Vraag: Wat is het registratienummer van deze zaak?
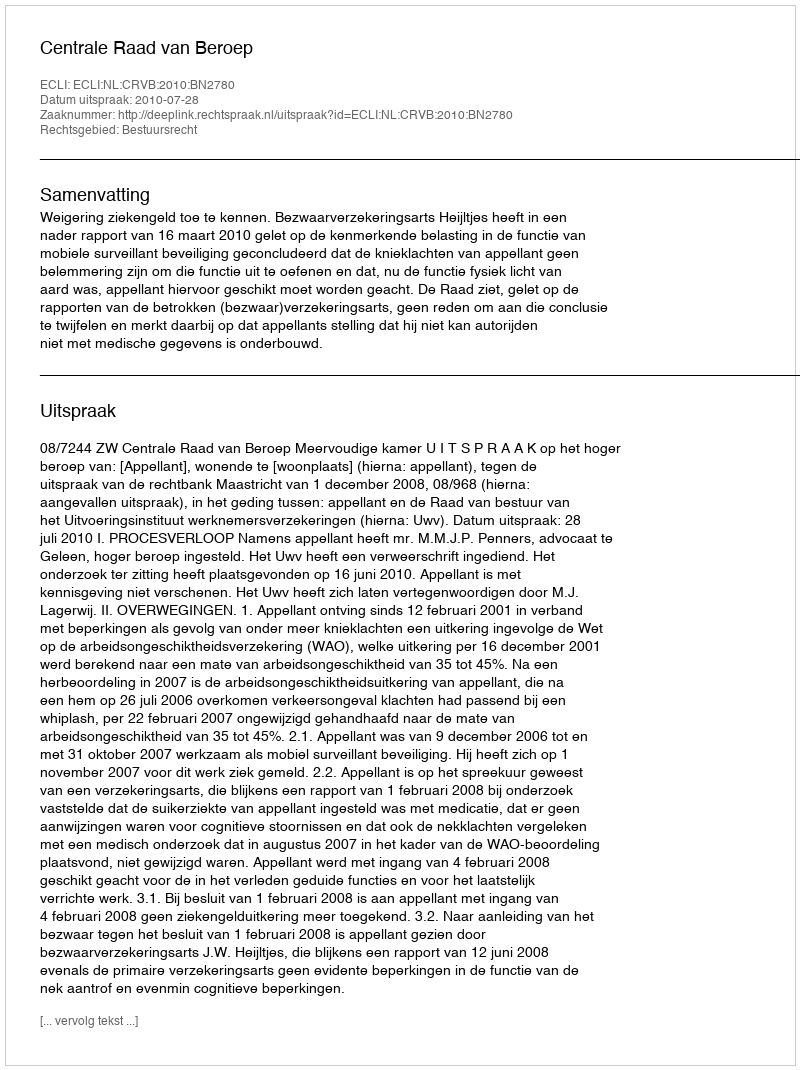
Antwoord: http://deeplink.rechtspraak.nl/uitspraak?id=ECLI:NL:CRVB:2010:BN2780